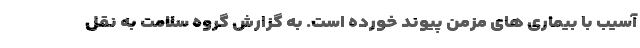
آسیب با بیماری های مزمن پیوند خورده است. به گزارش گروه سلامت به نقل